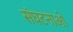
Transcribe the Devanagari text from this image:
संघटनाओ